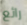
رائع